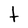
Character: t